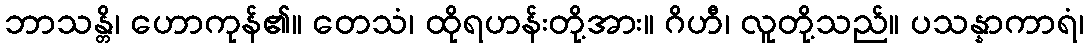
ဘာသန္တိ၊ ဟောကုန်၏။ တေသံ၊ ထိုရဟန်းတို့အား။ ဂိဟီ၊ လူတို့သည်။ ပသန္နာကာရံ၊